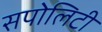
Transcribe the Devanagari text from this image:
सपोलिटी